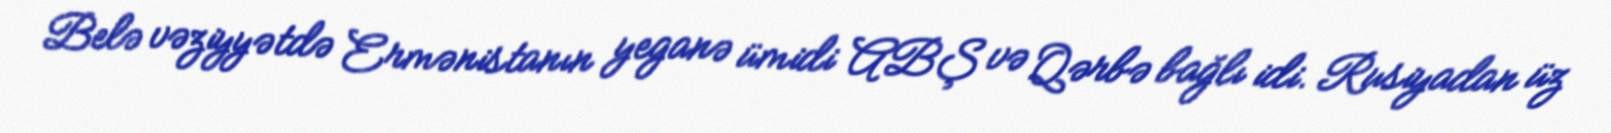
Belə vəziyyətdə Ermənistanın yeganə ümidi ABŞ və Qərbə bağlı idi. Rusiyadan üz